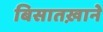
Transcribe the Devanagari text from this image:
बिसातख़ाने